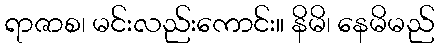
ရာဇာစ၊ မင်းလည်းကောင်း။ နိမိ၊ နေမိမည်